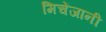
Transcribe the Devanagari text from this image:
मिचेंजानी